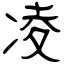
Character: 凌